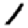
Digit: 1